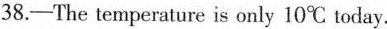
38.—The temperature is only 10℃ today.